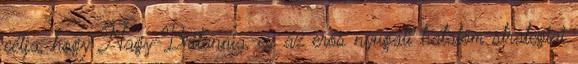
célja, hogy Nagy-Britannia, ez az erős nyugati hatalom stratégiai